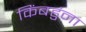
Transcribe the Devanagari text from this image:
किंबहुंना